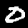
Label: 0